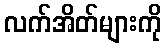
လက်အိတ်များကို